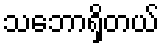
သဘောရှိတယ်